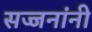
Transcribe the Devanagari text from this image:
सज्जनांनी